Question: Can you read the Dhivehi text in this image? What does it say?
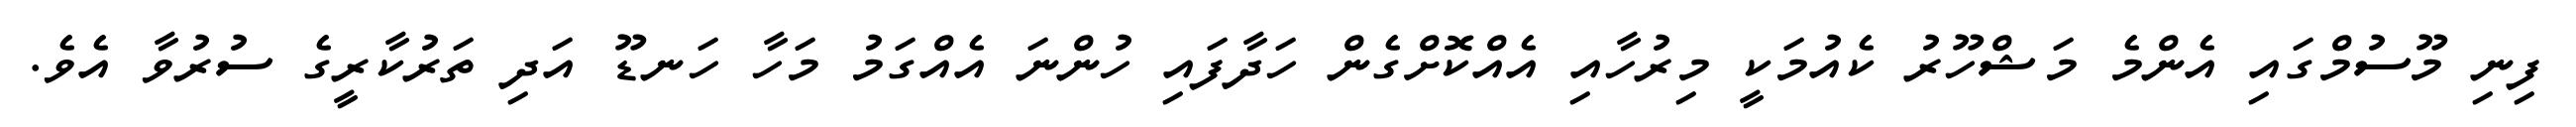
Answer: ފިނި މޫސުމްގައި އެންމެ މަޝްހޫރު ކެއުމަކީ މިރުހާއި އެއްކޮށްގެން ހަދާފައި ހުންނަ އެއްގަމު މަހާ ހަނޑޫ އަދި ތަރުކާރީގެ ސުރުވާ އެވެ.